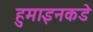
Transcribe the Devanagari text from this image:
हुमाइनकडे